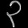
Digit: ၃